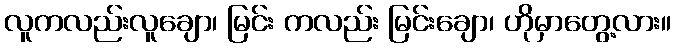
လူကလည်းလူချော၊ မြင်း ကလည်း မြင်းချော၊ ဟိုမှာတွေ့လား။